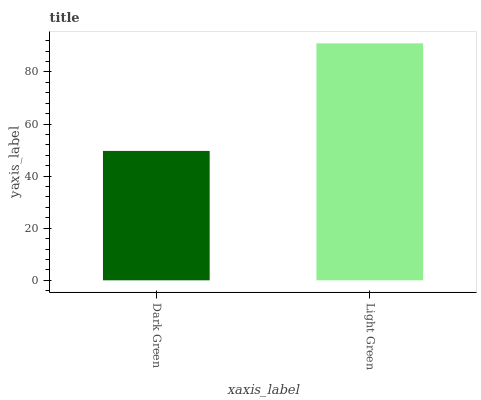
| xaxis_label | bars |
 | --- | --- |
 | Dark Green | 49.7 |
 | Light Green | 91 |